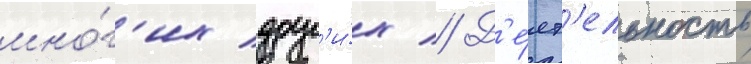
мно́г'их друг'и́х // Д'е́ят'ельность